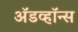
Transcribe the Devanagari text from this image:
ॲडव्हॉन्स